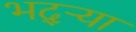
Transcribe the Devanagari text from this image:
भद्‌ऱ्या